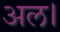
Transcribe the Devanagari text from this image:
अल।